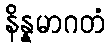
နိန္နမာဂတံ